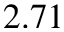
2 . 7 1